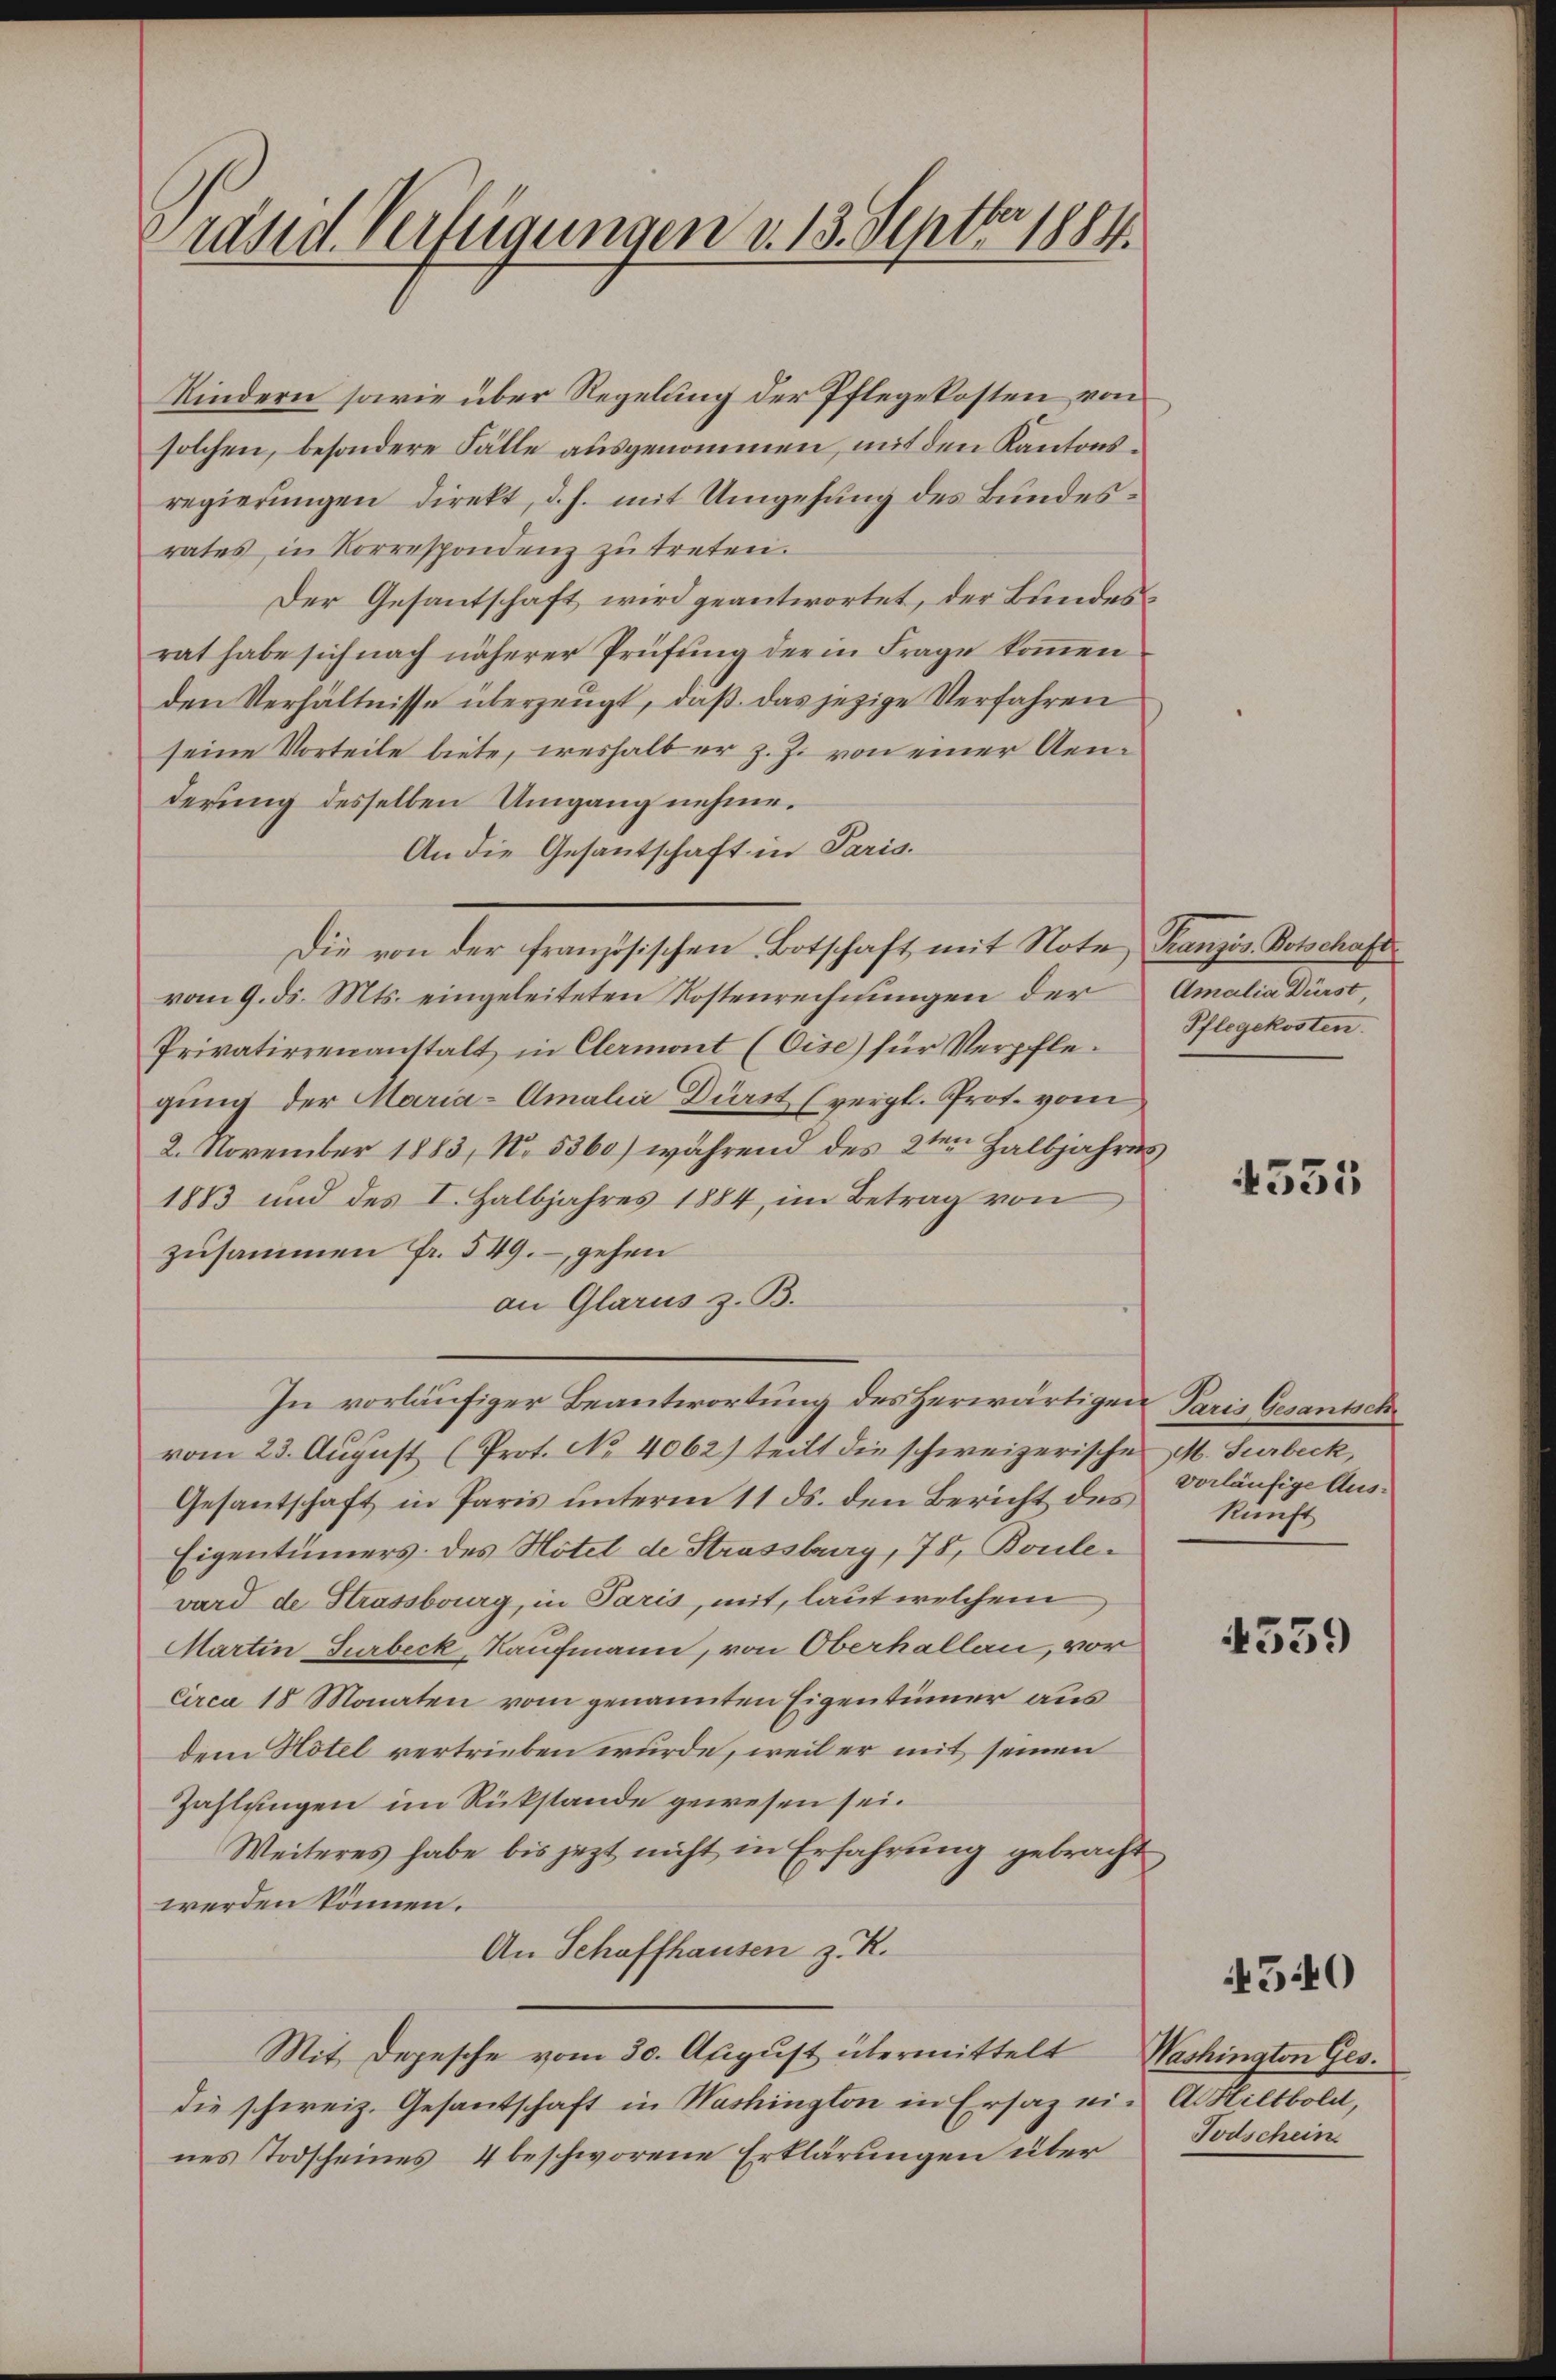
Präsid. Verfügungen d. 13. Septbr. 1884.

Kindern sowie über Regelung der Pflegekosten von
solchen, besondere Fälle ausgenommen, mit den Kantonsregierungen direkt, d. h. mit Umgehung des Bundesrates in Vorrespondenz zŭ treten.
Der Gesantschaft wird geantwortet, der Bundesrat habe sich nach näherer Prüfung der in Frage kommen
den Verhältnisse überzeugt, daß das jezige Verfahren
seine Vorteile biete, weshalb er z. Z. von einer Aenderung desselben Umgang nehme.
An die Gesantschaft in Paris.
vom 9. ds. Mts. eingeleiteten Kostenrechnungen der
Privatierenanstalt in Clermont (Gise) für Verpflegung der Maria-Amali Dürst (vergl. Prot. vom
2. November 1883, No. 5360) während des 2ten Halbjahres
1883 und des I. Halbjahres 1884, im Betrag von
zusammen Fr. 549. gehen
an Glarus z. B.
In vorläufiger Beantwortung des Herwärtigen Paris Gesantsch
vom 23. August (Prot. No 4062) teilt die schweizerische M. Surbeck,
Gesantschaft in Paris unterm 11 ds. den Bericht des
Eigentümers des Hotel de Strassburg, 78, Boulevard de Strassburg, in Paris, mit, laut welchem
Martin Turbeck, Kaufmann, von Oberhallen, vor
Circa 18 Monaten vom genannten Eigentümer aus
dem Hotel vertrieben wurde, weil er mit seinen
Zahlungen im Rükstände gewesen sei.
Weiteres habe bis jetzt nicht in Erfahrung gebracht
werden können.
An Schaffhausen z. R.
Mit Depesche vom 30. August übermittelt Washington Ges.
die schweiz. Gesantschaft in Washington in Ersatz ein A. Hiltboldt,
nes Todscheines 4 beschworene Erklärungen über Todschein

Die von der französischen Botschaft mit Note Französ. Botschaft

Amalia Dürst
Pflegekosten.

4535

vorläufige Auskunft

4559

540